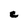
Character: C